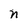
Character: n